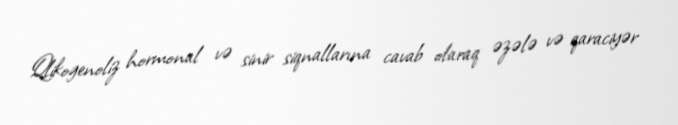
Qlikogenoliz hormonal və sinir siqnallarına cavab olaraq əzələ və qaraciyər